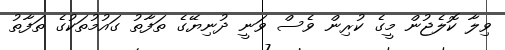
ވިލާ ކޮލެޖުން މީގެ ކުރިން ވެސް ވަނީ ދުނިޔޭގެ ތަފާތު ގައުމުތަކުގެ ތަފާތު